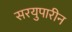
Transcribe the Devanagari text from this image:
सरयुपारीन